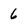
Character: 6